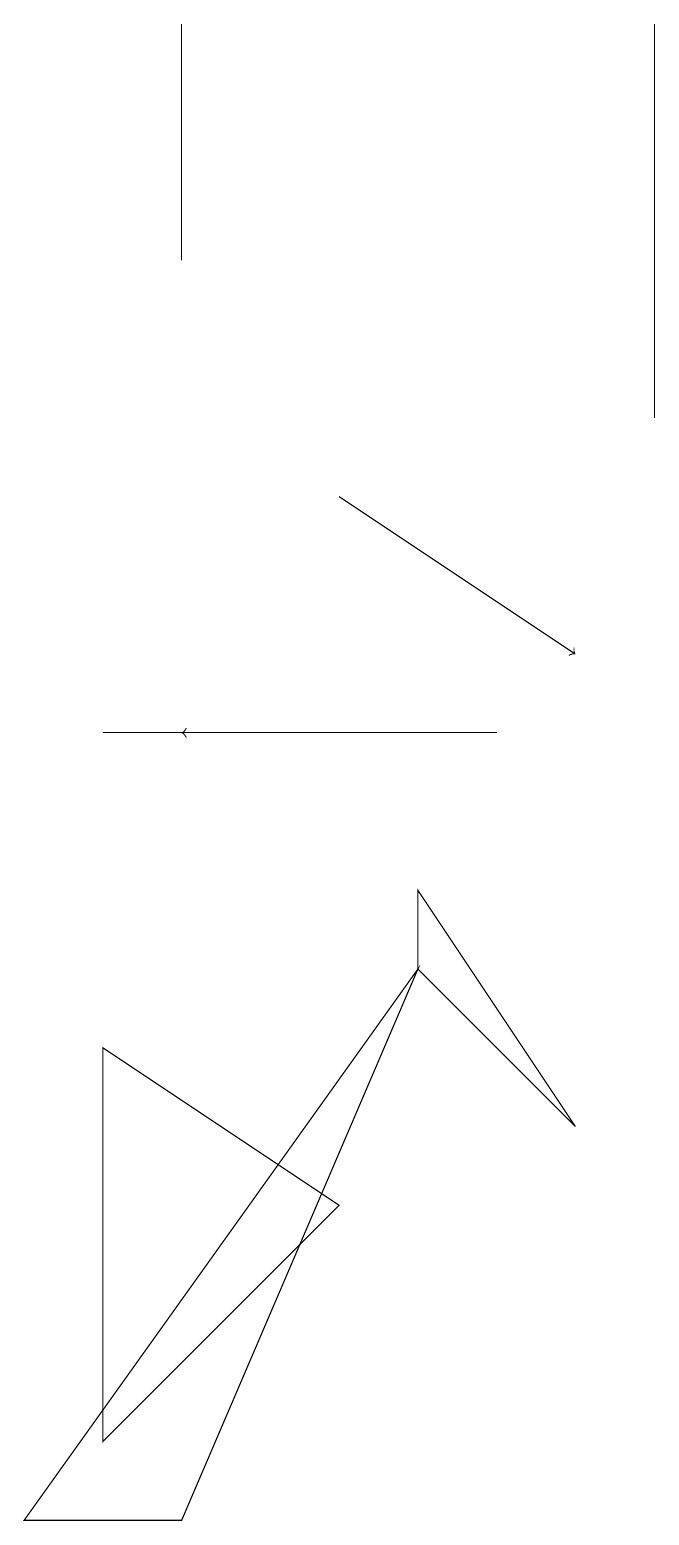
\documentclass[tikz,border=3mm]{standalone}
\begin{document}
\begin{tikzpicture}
\draw[->] (5,13) -- (8,11);
\draw (2,10) rectangle (7,10);
\draw (2,1) -- (5,4) -- (2,6) -- cycle;
\draw (1,0) -- (3,0) -- (6,7) -- cycle;
\draw (3,16) rectangle (3,19);
\draw (6,8) -- (6,7) -- (8,5) -- cycle;
\draw[->] (7,10) -- (3,10);
\draw (9,14) rectangle (9,19);
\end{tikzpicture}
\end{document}